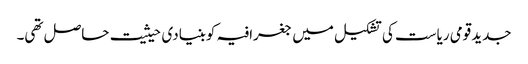
جدیدقومی ریاست کی تشکیل میں جغرافیہ کوبنیادی حیثیت حاصل تھی۔